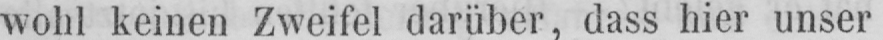
wohl keinen Zweifel darüber, dass hier unser